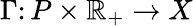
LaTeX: \Gamma\colon P\times\mathbb{R}_{+}\rightarrow X